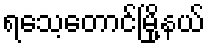
ရသေ့တောင်မြို့နယ်